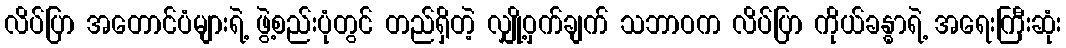
လိပ်ပြာ အတောင်ပံများရဲ့ ဖွဲ့စည်းပုံတွင် တည်ရှိတဲ့ လျှို့ဝှက်ချက် သဘာဝက လိပ်ပြာ ကိုယ်ခန္ဓာရဲ့ အရေးကြီးဆုံး